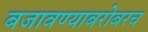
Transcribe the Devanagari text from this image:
बजावण्याबरोबरच